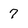
Character: 7